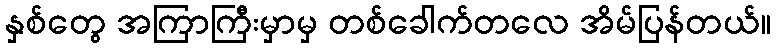
နှစ်တွေ အကြာကြီးမှာမှ တစ်ခေါက်တလေ အိမ်ပြန်တယ်။